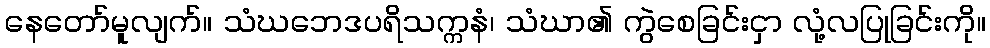
နေတော်မူလျက်။ သံဃဘေဒပရိသက္ကနံ၊ သံဃာ၏ ကွဲစေခြင်းငှာ လုံ့လပြုခြင်းကို။